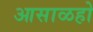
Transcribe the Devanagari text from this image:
आसाळहो